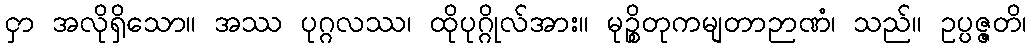
ငှာ အလိုရှိသော။ အဿ ပုဂ္ဂလဿ၊ ထိုပုဂ္ဂိုလ်အား။ မုဉ္စိတုကမျတာဉာဏံ၊ သည်။ ဥပ္ပဇ္ဇတိ၊